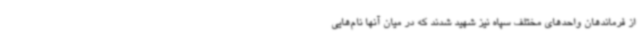
از فرماندهان واحدهای مختلف سپاه نیز شهید شدند که در میان آنها نام‌هایی